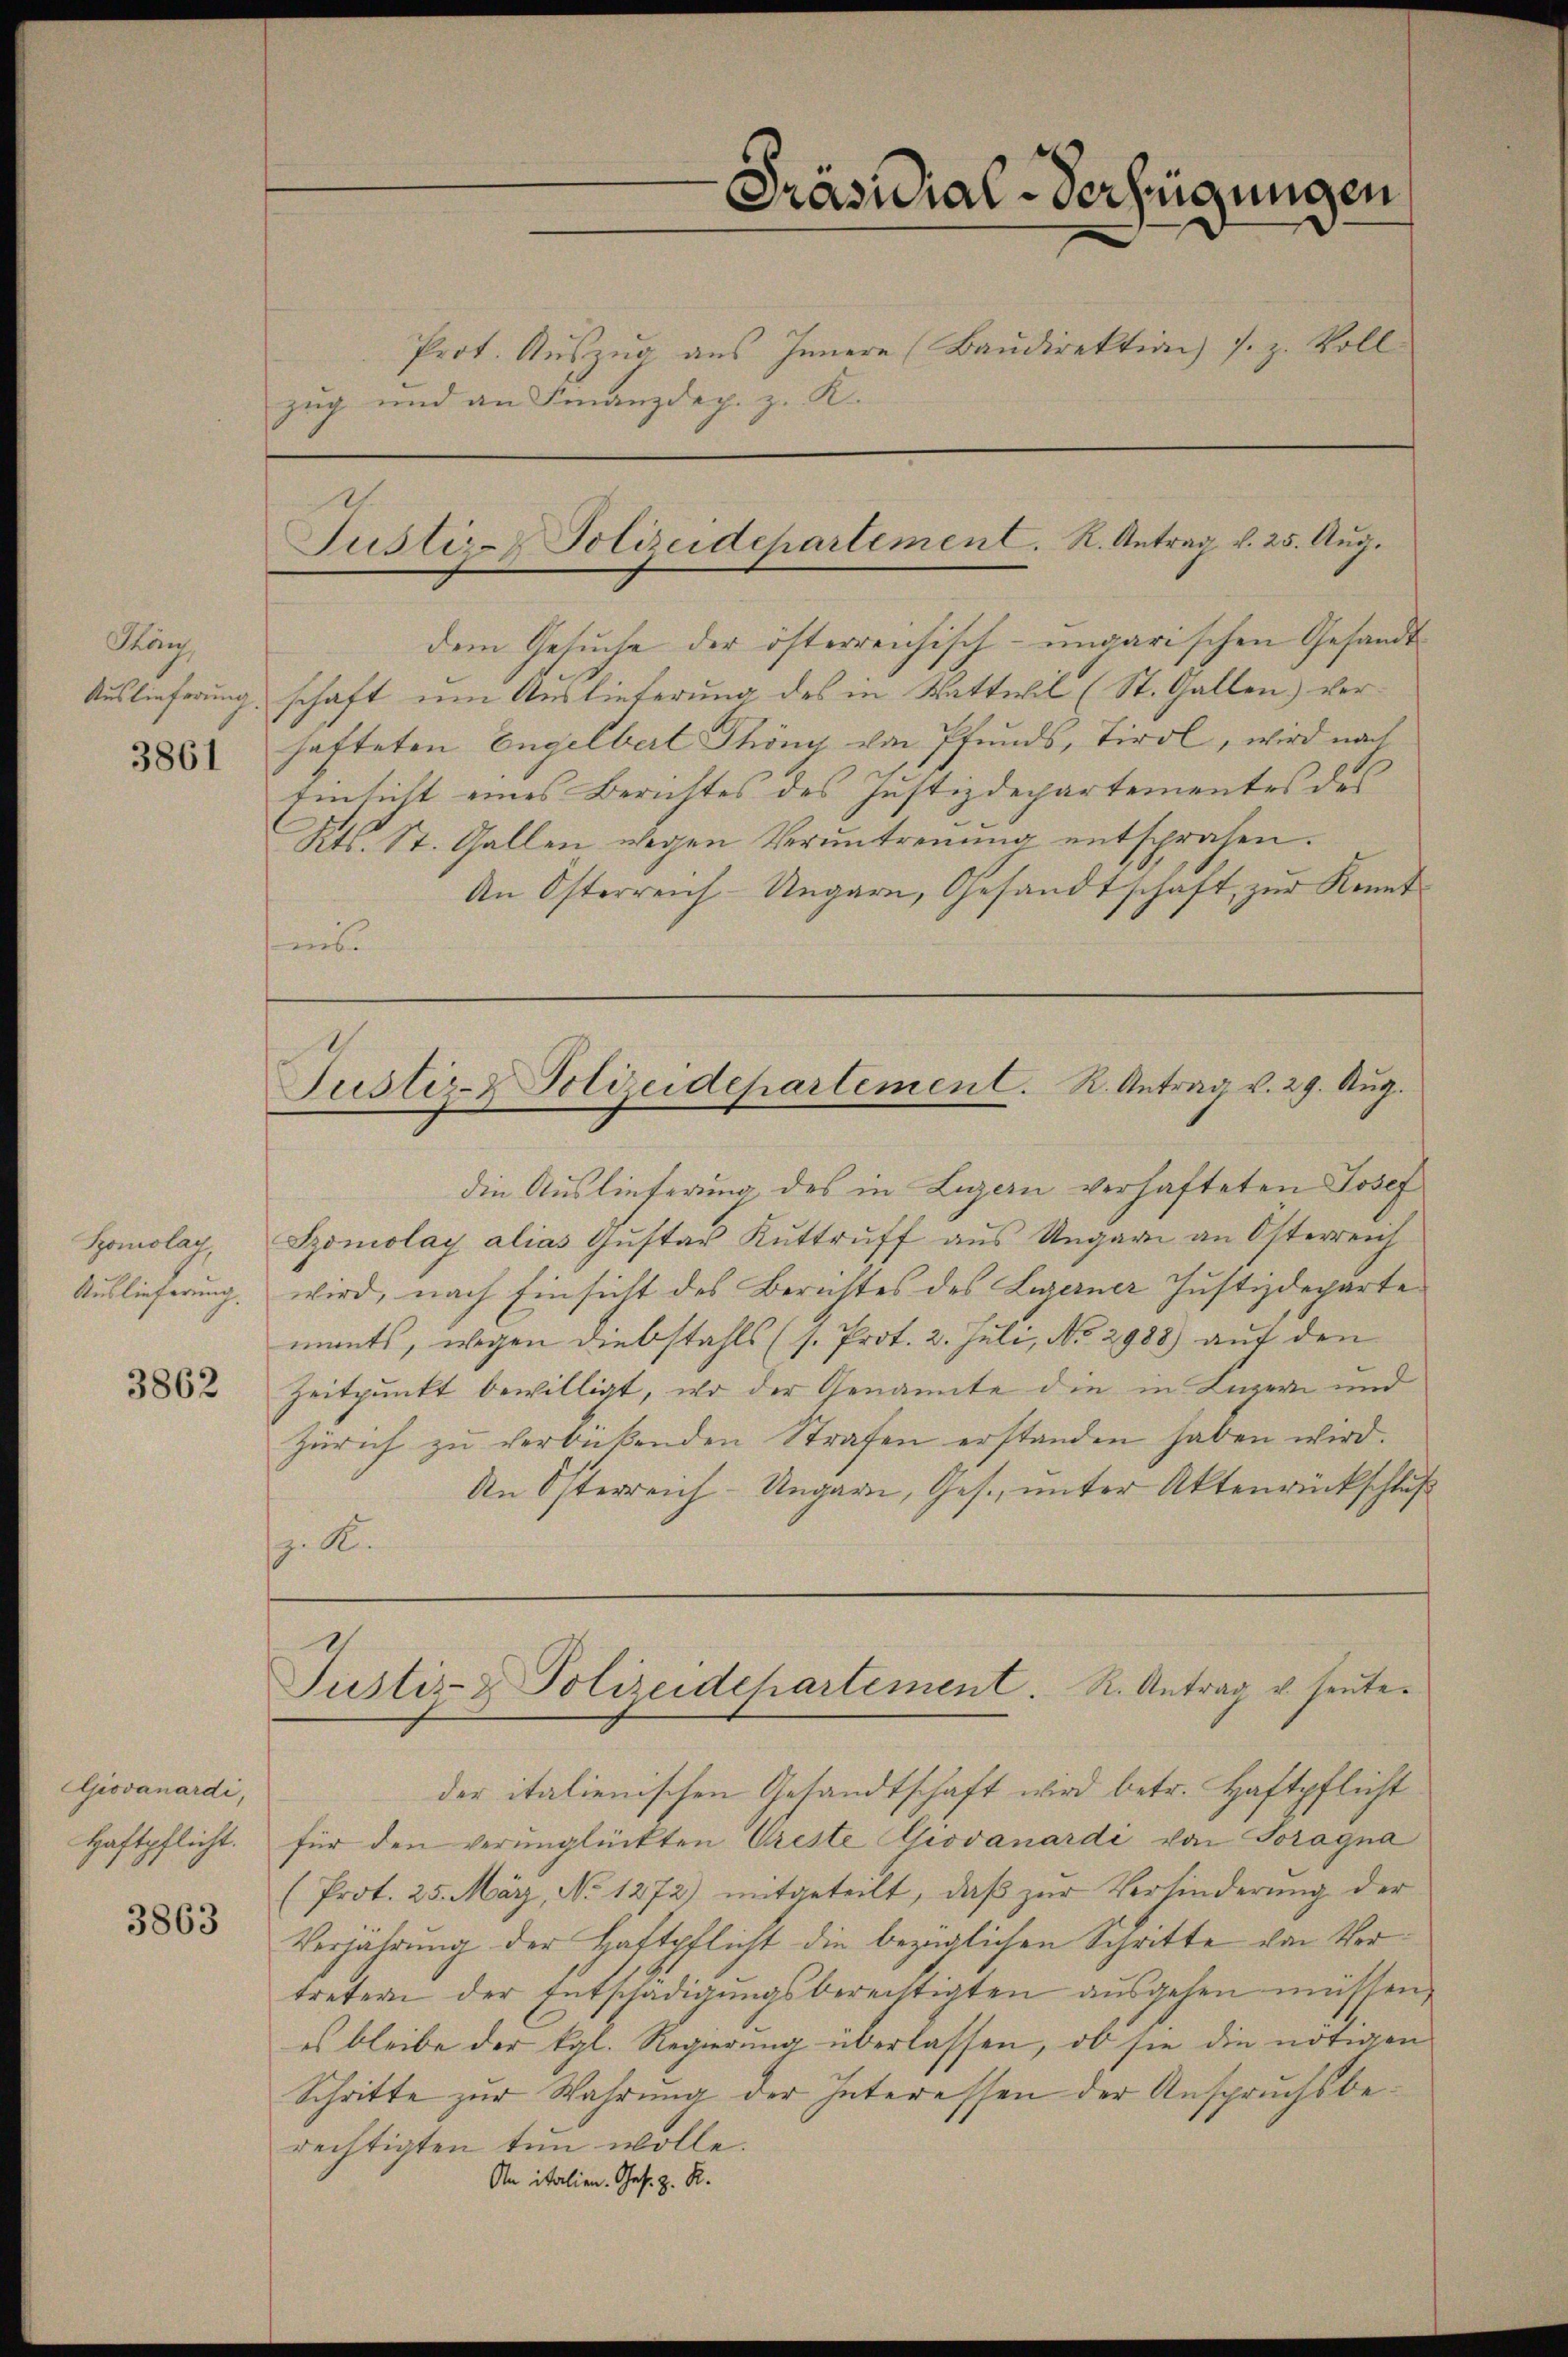
Thaus
Auslieferung.
3861

Spomolag
Auslieferung.

3862

GGiovanardi,
Haftpflicht.

3863

Präsidial-Verfügungen
—
Prot. Aŭszŭg aŭs Innern (Baŭdirektion s. z. Voll
zug und an Finanzdep. z. K.

Justiz- & Polizeidchartement. K. Antrag v. 25. Aug.

dem Gesuche der österreichisch-ungarischen Gesandts
schaft um Auslieferung des in Wattwil (St. Gallen) verhafteten Engelbert Thöny von Pfundes, Tirol, wird nach
Einsicht eines Berichtes des Justizdepartementes des
Kts. St. Gallen wegen Veruntreuung entsprachen.
An Österreich-Ungarn, Gesandtschaft zŭr Kennt-
nb

Justiz- & Polizeidchartement. R. Antrag v. 29. Aug.

die Auslieferung des in Legern verhafteten Josef
Szomolay alias Gŭstav Kŭttrŭff aus Ungarn an Osterreich
wird, nach Einsicht des Berichtes des Legerner Justizdeparte
ments, wegen diebstahls (s. Prot. 2. Juli, No 2988) auf den
Zeitpunkt bewilligt, wo der Genannte die in Luzern und
Zürich zu verbüßenden Strafen erstanden haben wird.
An Österreich-Ungarn, Ges. unter Aktenrückschluß
z. K.
Justiz- & Polizeidchartement. R. Antrag u. heuteder italienischen Gesandtschaft wird betr. Haftpflicht
für den verunglückten Oreste Giovanardi von Soragna
(Prot. 25. März, No 1272) mitgeteilt, daß zur Verhinderung der
Verjährung der Haftpflicht die bezüglichen Schritte von Vortretern der Entschädigungsberechtigten ausgehen müssen,
es bleibe der kgl. Regierung überlassen, ob sie die nötigen
Schritte zur Wahrung der Interessen der Anspruchsberechtigten tun wolle.
An italien. Ges. z. R.